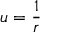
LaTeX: u = { \frac { 1 } { r } }